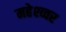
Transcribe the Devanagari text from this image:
महेश्व्वर